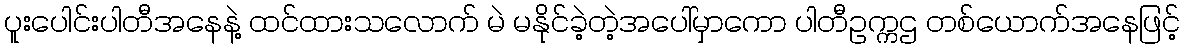
ပူးပေါင်းပါတီအနေနဲ့ ထင်ထားသလောက် မဲ မနိုင်ခဲ့တဲ့အပေါ်မှာကော ပါတီဥက္ကဌ တစ်ယောက်အနေဖြင့်